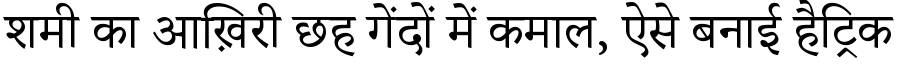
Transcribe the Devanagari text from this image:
शमी का आख़िरी छह गेंदों में कमाल, ऐसे बनाई हैट्रिक